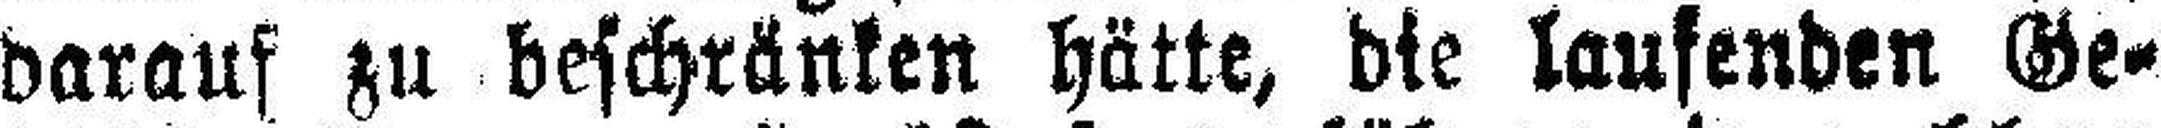
darauf zu beschränken hätte, die laufenden Ge¬